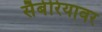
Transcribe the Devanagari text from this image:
सैबेरियावर